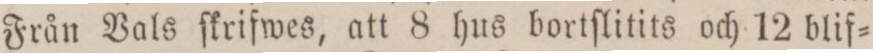
Från Vals ſkrifwes, att 8 hus bortſlitits och 12 blif=